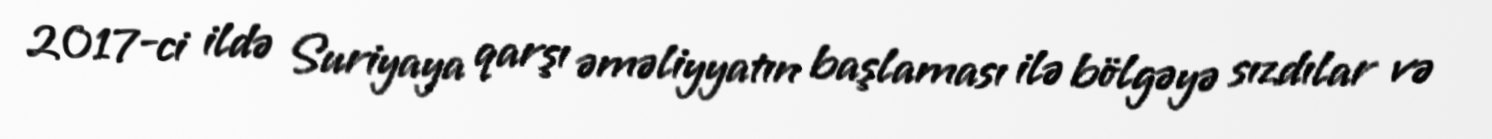
2017-ci ildə Suriyaya qarşı əməliyyatın başlaması ilə bölgəyə sızdılar və